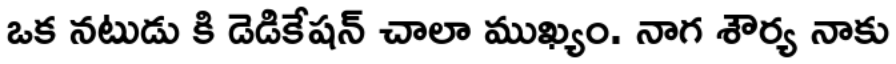
ఒక నటుడు కి డెడికేషన్ చాలా ముఖ్యం. నాగ శౌర్య నాకు